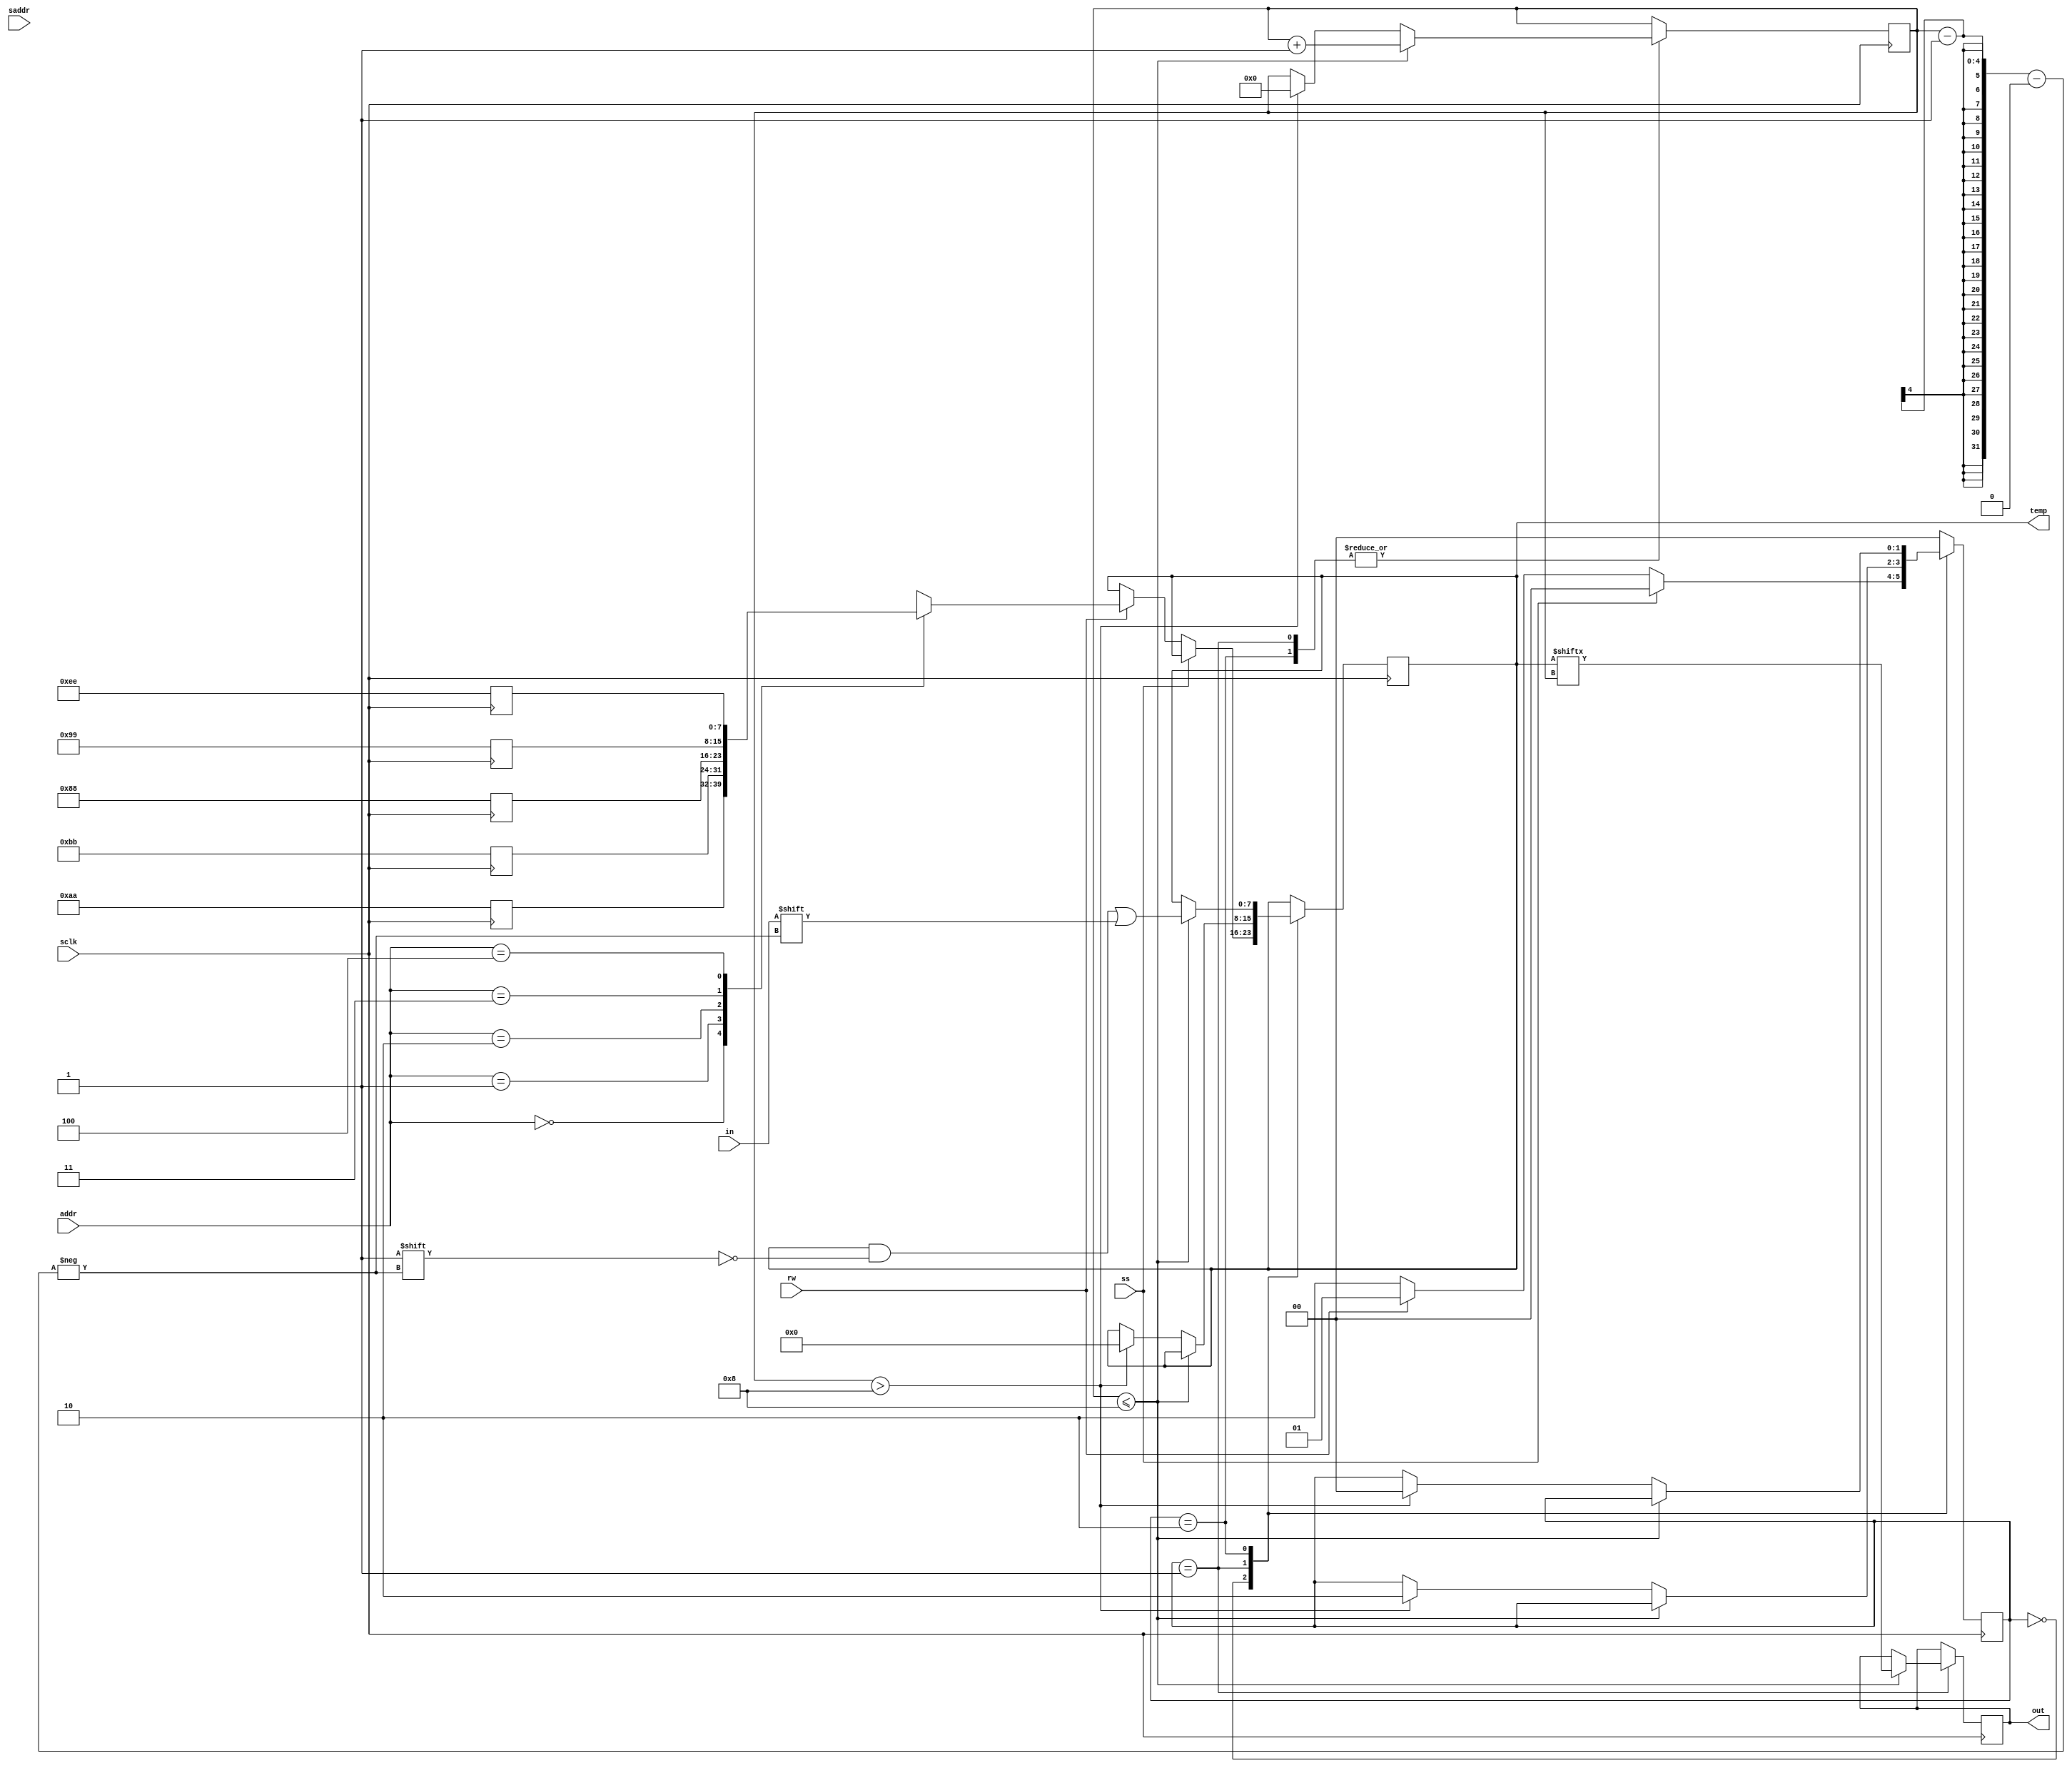
module spi_ms_rw(out,in,rw,sclk,addr,saddr,temp,ss);
  input in;
  input sclk,rw,ss;
  input [2:0]addr;
  input [2:0]saddr;
  output reg out;
  reg [7:0]mem[0:4];
  reg [7:0]smem[0:4];
  output reg [7:0]temp;
  reg [3:0] cnt=0;
  reg [1:0]state;
  parameter ideal=2'b00,trans=2'b01,receive=2'b10;
  always @(posedge sclk)
  begin
    mem[0]<=8'b10101010;
    mem[1]<=8'b10111011;
    mem[2]<=8'b10001000;
    mem[3]<=8'b10011001;
    mem[4]<=8'b11101110;
  end
  always @(posedge sclk)
  begin
    case(state)
      ideal:begin
        if(ss==0)
            begin
            if(rw==1)
              begin
              temp<=mem[addr];
              state<=trans;
              end
             else
              state<=receive;
              end
         else
           state<=ideal;
      end     
      trans:begin
            if(cnt<=8)
            begin
              out<=temp[cnt];
              cnt<=cnt+1;
             end
            else if(cnt>8)
            begin
              cnt<=0;
              temp<=0;
              state<=receive;
            end
            end
            
      receive:begin
              if(cnt<=8)
              begin
                 cnt<=cnt+1;
                temp[cnt-1]<=in;
              end
              else if(cnt>8)
              begin
                cnt<=0;
                smem[saddr]<=temp;
                state<=ideal;
              end
              end
      default:state<=ideal;
    endcase
    end
  endmodule
  module spi_rs_rw(out,in,rw,sclk,raddr,rtemp,ss);
  input in;
  input sclk,rw,ss;
  input [2:0]raddr;
  output reg out;
  reg [7:0]rmem[0:4];
  output reg [7:0]rtemp;
  reg [3:0]cnt=0;
  reg [1:0]state;
  parameter ideal=2'b00,trans=2'b10,receive=2'b01;
  always @(posedge sclk)
  begin
    rmem[0]<=8'b00000000;
    rmem[1]<=8'b00010001;
    rmem[2]<=8'b00100010;
    rmem[3]<=8'b00110011;
    rmem[4]<=8'b01000011;
  end
  always @(posedge sclk)
  begin
    case(state)
     ideal:begin
       if(ss==0)
           begin
            if(rw==1)
              begin
              state<=receive;
              end
             else
              state<=trans;
             end
        else
            state<=ideal;
        end  
    receive:begin
              if(cnt<=8)
              begin
                cnt<=cnt+1;
                rtemp[cnt-1]<=in;
              end
              else if(cnt>8)
              begin
                cnt<=0;
                rmem[raddr]<=rtemp;
                state<=trans;
              end
              end
      
      trans:begin
            if(cnt<=8)
            begin
              out<=rtemp[cnt];
              cnt<=cnt+1;
             end
            else if(cnt>8)
            begin
              cnt<=0;
              state<=ideal;
            end
            end

      default:state<=ideal;
    endcase
    end
  endmodule
  module spi_ms_rs_rw(addr,saddr,raddr,rw,sclk,ss);
  input rw,sclk,ss;
  input [2:0]addr,saddr,raddr;
  wire [7:0]temp,rtemp;
  wire mout,sout,min,sin;
  assign min=sout;
  assign sin=mout;
  spi_ms_rw q1 (.out(mout),.in(min),.rw(rw),.sclk(sclk),.addr(addr),.saddr(saddr),.temp(temp),.ss(ss));
  spi_rs_rw q2 (.out(sout),.in(sin),.rw(rw),.sclk(sclk),.raddr(raddr),.rtemp(rtemp),.ss(ss));
endmodule